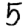
Digit: 5